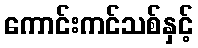
ကောင်းကင်သစ်နှင့်